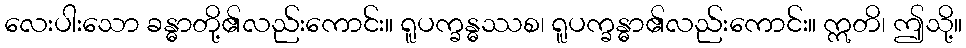
လေးပါးသော ခန္ဓာတို့၏လည်းကောင်း။ ရူပက္ခန္ဓဿစ၊ ရူပက္ခန္ဓာ၏လည်းကောင်း။ ဣတိ၊ ဤသို့။